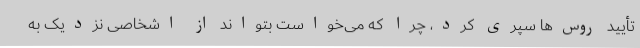
تأیید روس‌ها سپری کرد، چرا که می‌خواست بتواند از اشخاصی نزدیک به